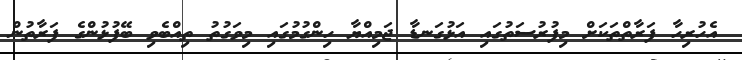
އެހުރިހާ ފަރާތްތަކަށް މިފުރުސަތުގައި އަޅުގަނޑާ ޖަމިއްޔާ ހިންގުމުގައި މިވަގުތު ތިއްބެވި ބޭފުޅުންގެ ފަރާތުން